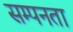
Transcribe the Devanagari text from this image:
सम्पनता